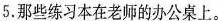
5.那些练习本在老师的办公桌上。